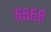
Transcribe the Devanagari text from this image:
६६६८